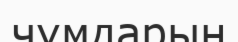
чумдарын